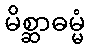
မိစ္ဆာဓမ္မံ